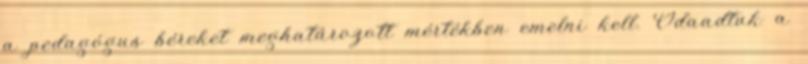
a pedagógus béreket meghatározott mértékben emelni kell. Odaadtuk a